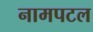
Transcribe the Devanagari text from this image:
नामपटल